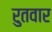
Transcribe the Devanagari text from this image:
रुतवार